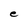
Character: e